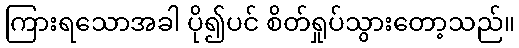
ကြားရသောအခါ ပို၍ပင် စိတ်ရှုပ်သွားတော့သည်။